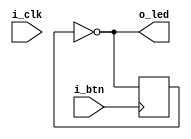
module ff_btnled(input i_clk, i_btn, output o_led);

    reg state_led = 0;        //starts off
    assign o_led = ~led;  //at 0 is off, at 1 is on
    assign led = state_led;
        
    always @(posedge i_btn)
        state_led <= ~state_led;
    
endmodule